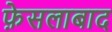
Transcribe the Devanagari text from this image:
फ़ेसलाबाद